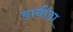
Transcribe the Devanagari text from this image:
डानीडा